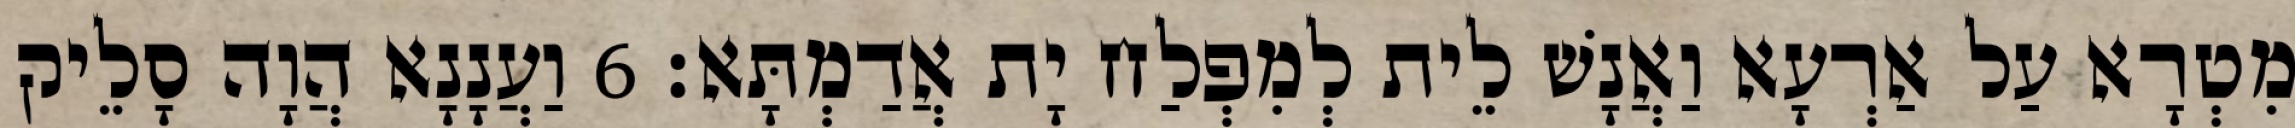
מִטְרָא עַל אַרְעָא וַאֲנָשׁ לֵית לְמִפְלַח יָת אֲדַמְתָּא׃ 6 וַעֲנָנָא הֲוָה סָלֵיק